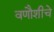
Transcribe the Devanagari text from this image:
वणौशीचे